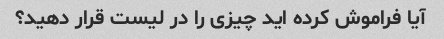
آیا فراموش کرده اید چیزی را در لیست قرار دهید؟